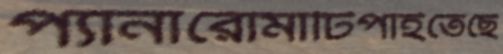
প্যানারোমাটিপাইতেছে